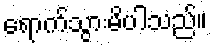
ရောက်သွားမိပါသည်။